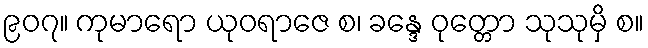
၉၀၇။ ကုမာရော ယုဝရာဇေ စ၊ ခန္ဒေ ဝုတ္တော သုသုမှိ စ။